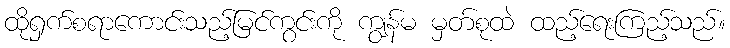
ထိုရှက်စရာကောင်းသည့်မြင်ကွင်းကို ကျွန်မ မှတ်စုထဲ ထည့်ရေးကြည့်သည်။